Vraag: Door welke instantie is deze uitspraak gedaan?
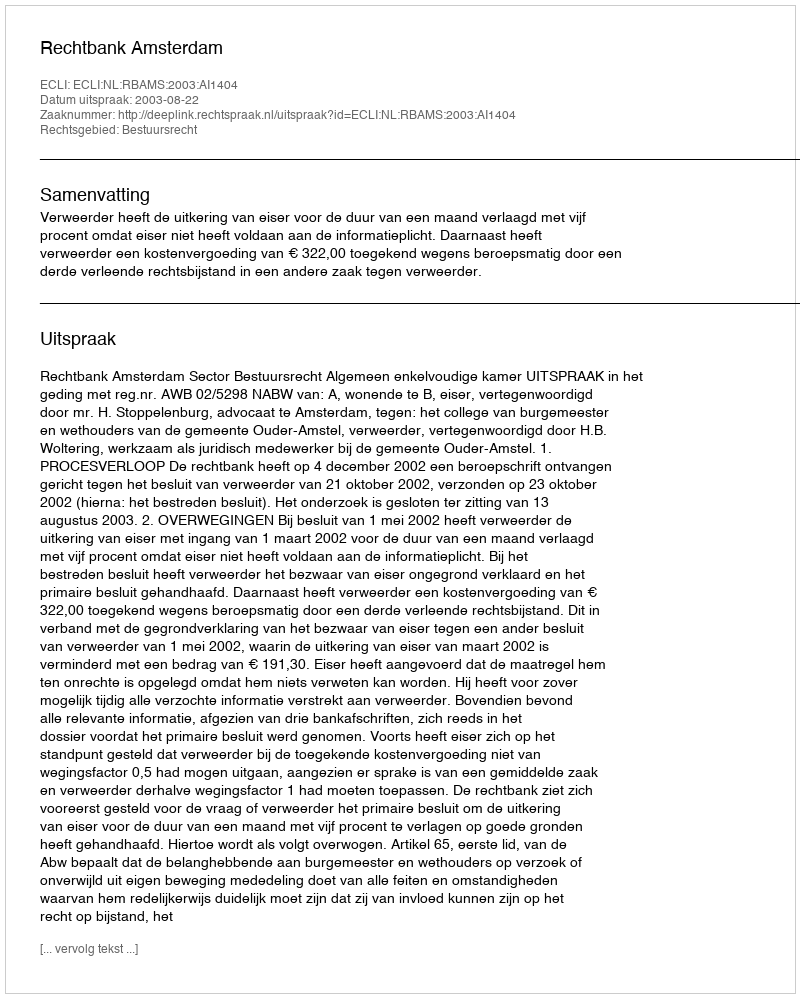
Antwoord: Rechtbank Amsterdam